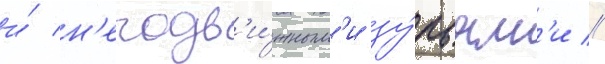
и́ н'еподв'и́жным'и зу́бьям'и //